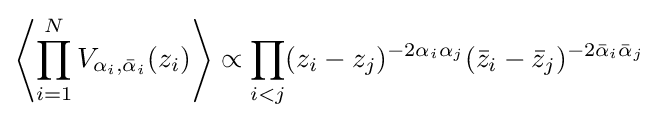
\left\langle \prod _{i=1}^{N}V_{\alpha _{i},{\bar {\alpha }}_{i}}(z_{i})\right\rangle \propto \prod _{i<j}(z_{i}-z_{j})^{-2\alpha _{i}\alpha _{j}}({\bar {z}}_{i}-{\bar {z}}_{j})^{-2{\bar {\alpha }}_{i}{\bar {\alpha }}_{j}}